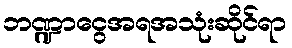
ဘဏ္ဍာငွေအရအသုံးဆိုင်ရာ